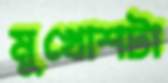
মুখোশটা